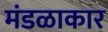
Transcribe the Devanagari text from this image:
मंडळाकार